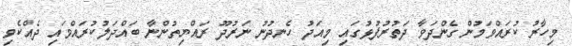
މިހާރު ކުރައްވަމުން ގެންދަވާ ދަތުރުފުޅުގައި މިއަދު ހެނދުނު ނަރުދޫ ރައްޔިތުންނާ ބައްދަލުކުރައްވައި ދެއްކެވި